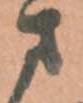
さ